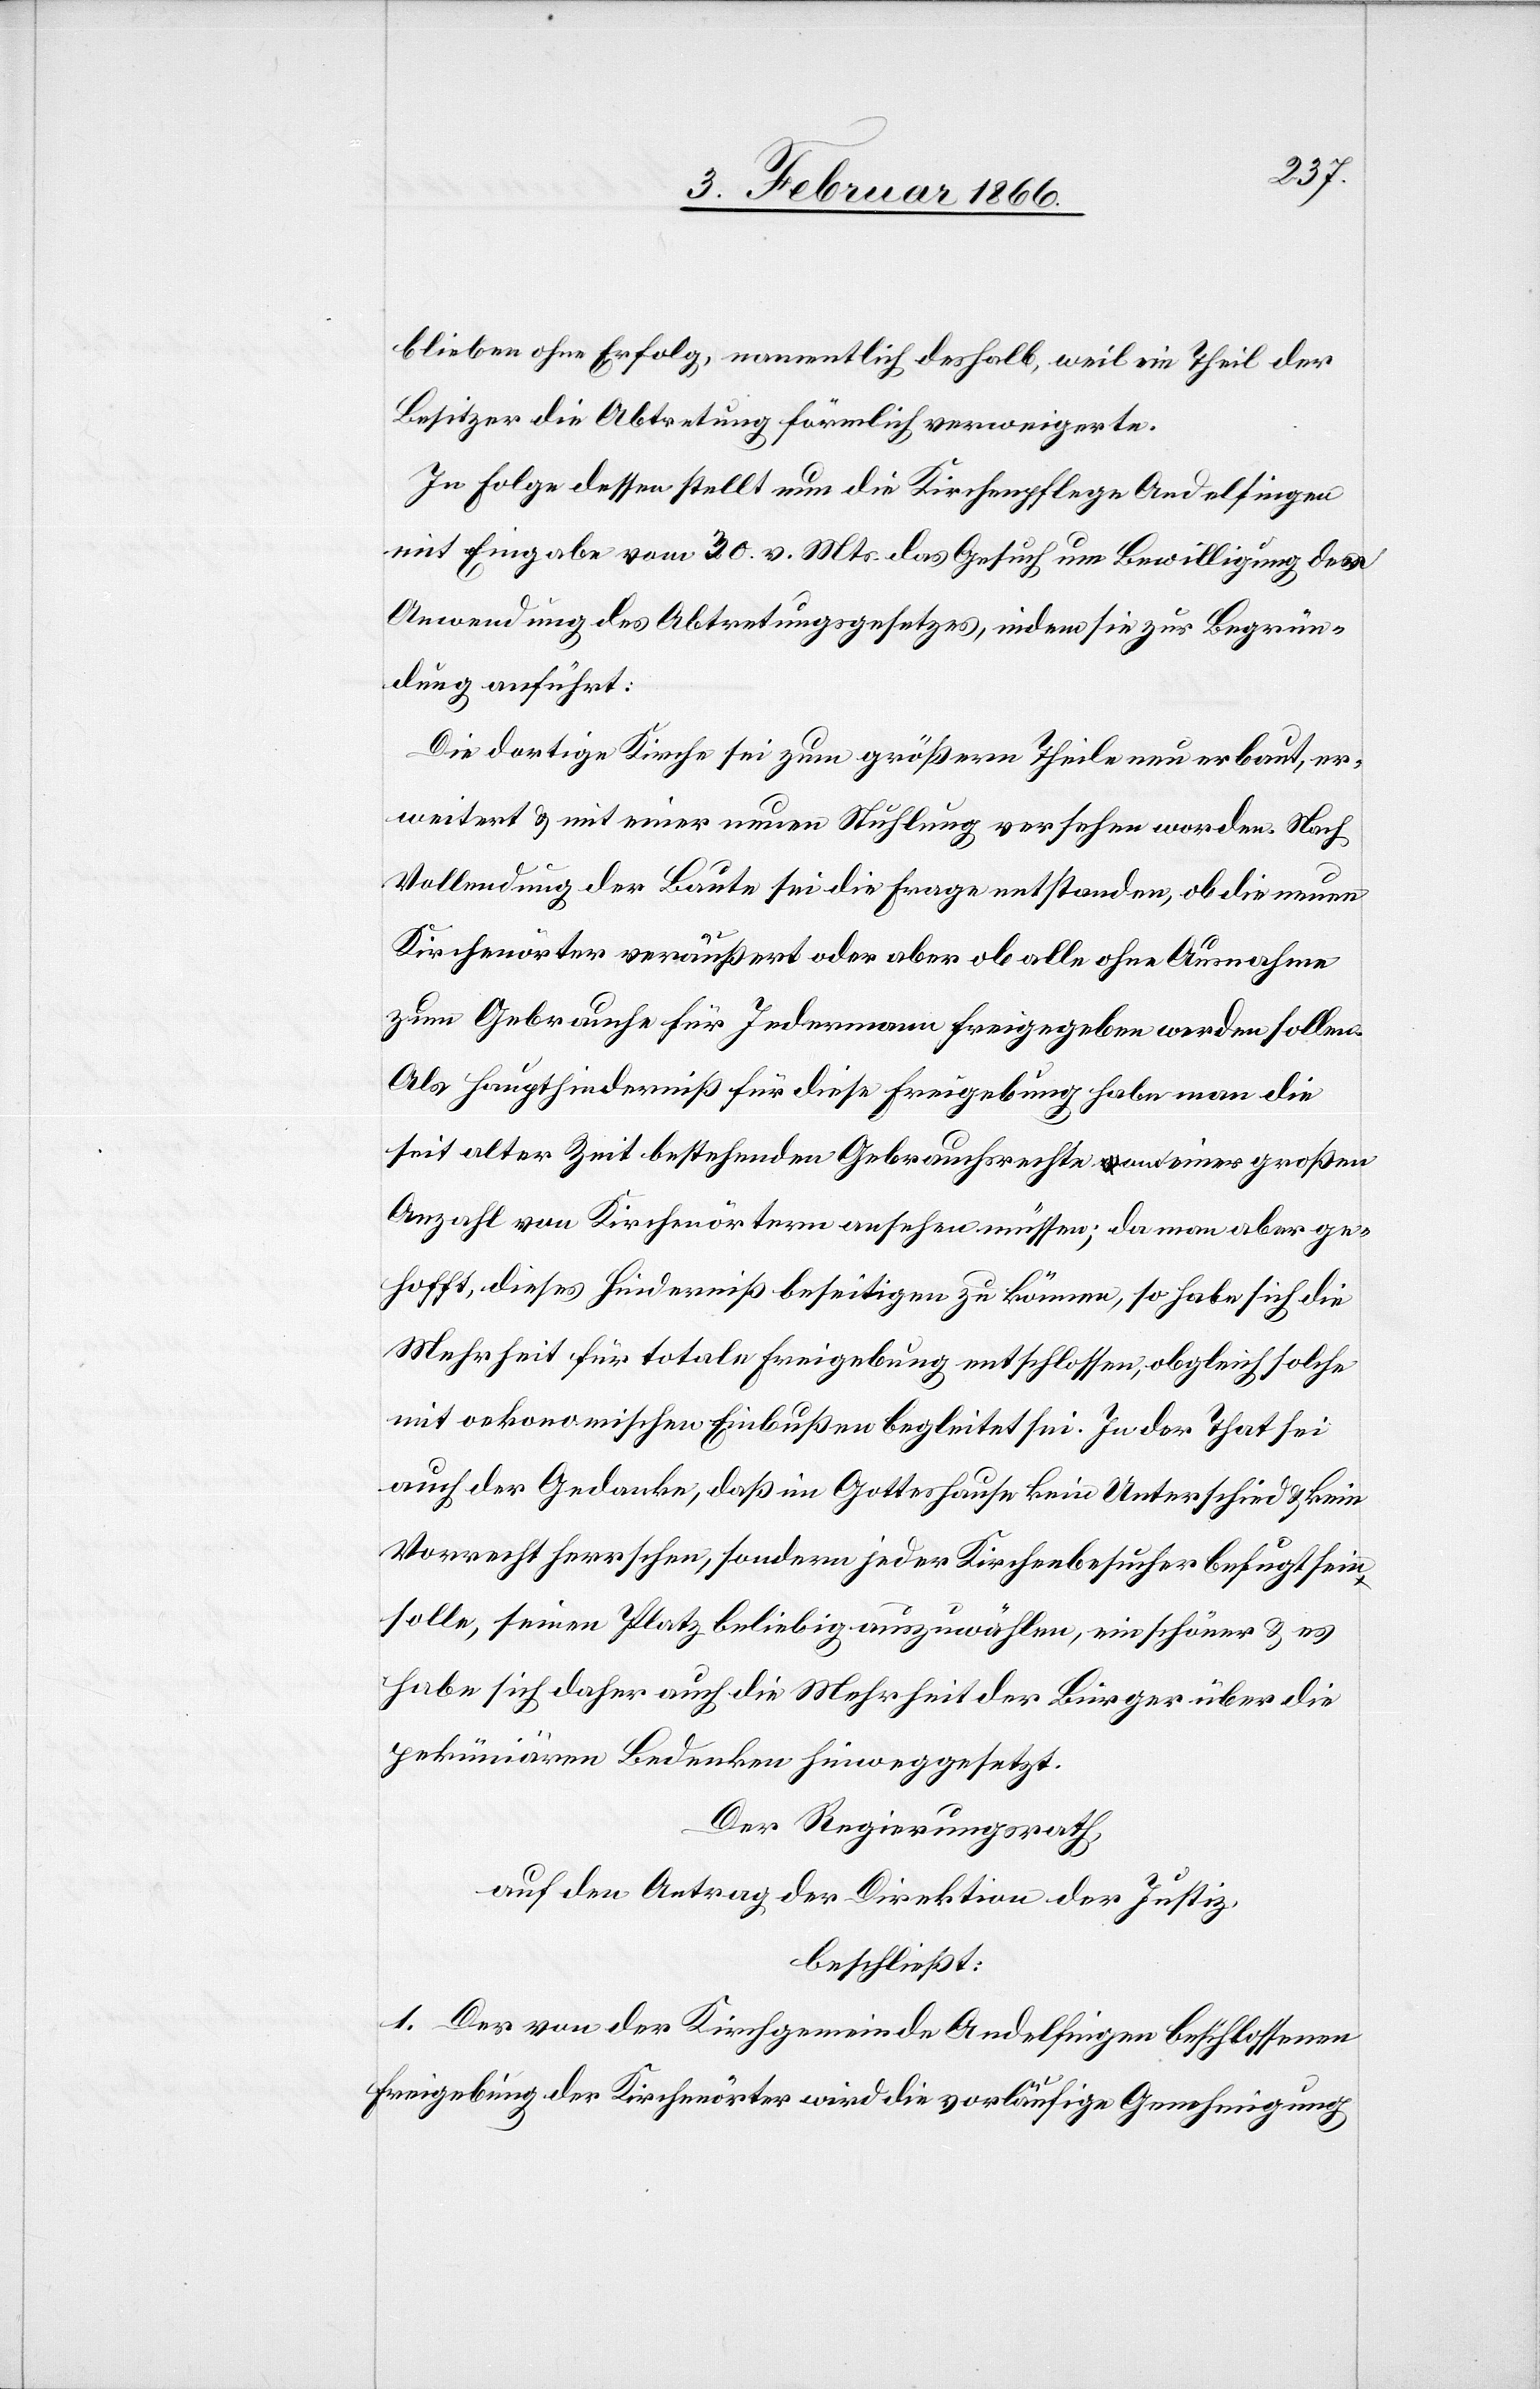
blieben ohne Erfolg, namentlich deshalb, weil ein Theil der
Besitzer die Abtretung förmlich verweigerte.
In Folge dessen stellt nun die Kirchenpflege Andelfingen
mit Eingabe vom 30. v. Mts. das Gesuch um Bewilligung der
Anwendung des Abtretungsgesetzes, indem sie zur Begrün¬
dung anführt:
Die dortige Kirche sei zum größern Theile neu erbaut, er¬
weitert u. mit einer neuen Stuhlung versehen worden. Nach
Vollendung der Baute sei die Frage entstanden, ob die neuen
Kirchenörter veräußert oder aber ob alle ohne Ausnahme
zum Gebrauche für Jedermann freigegeben werden sollen.
Als Haupthinderniß für diese Freigebung habe man die
seit alter Zeit bestehenden Gebrauchsrechte an einer großen
Anzahl von Kirchenörtern ansehen müssen; da man aber ge¬
hofft, dieses Hinderniß beseitigen zu können, so habe sich die
Mehrheit für totale Freigebung entschlossen, obgleich solche
mit oekonomischen Einbußen begleitet sei. In der That sei
auch der Gedanke, daß im Gotteshause kein Unterschied u. kein
Vorrecht herrschen, sondern jeder Kirchenbesucher befugt sein
solle, seinen Platz beliebig auszuwählen, ein schöner u. es
habe sich daher auch die Mehrheit der Bürger über die
peküniären Bedenken hinweggesetzt.
Der Regierungsrath,
auf den Antrag der Direktion der Justiz,
beschließt:
1. Der von der Kirchgemeinde Andelfingen beschlossenen
Freigebung der Kirchenörter wird die vorläufige Genehmigung